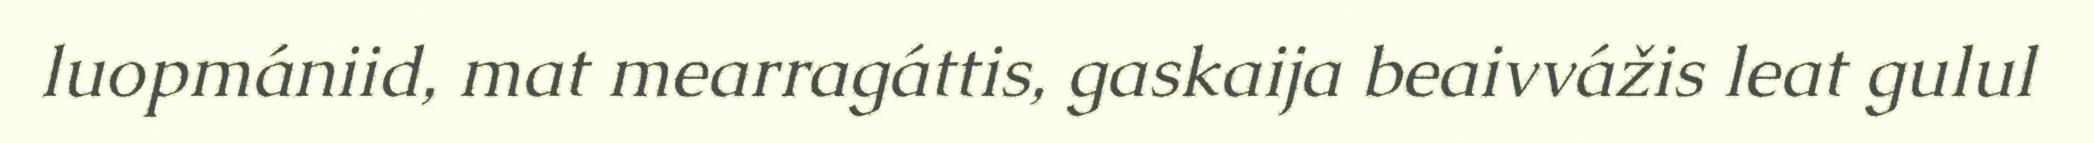
luopmániid, mat mearragáttis, gaskaija beaivvážis leat gulul